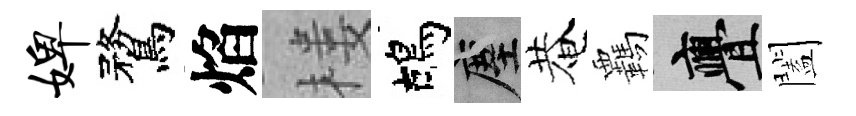
婢鶩焰楼鴣塵菴覊亹闔